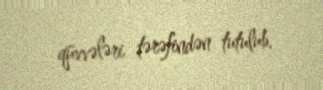
qüvvələri tərəfindən tutulub.